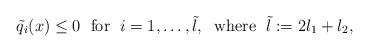
LaTeX: \begin{align*}\tilde q_i(x)\le 0\;\mbox{ for }\;i=1,\ldots,\tilde l,\;\mbox{ where }\;\tilde l:=2l_1+l_2,\end{align*}